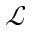
\mathcal { L }